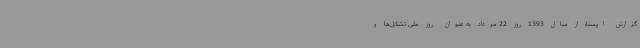
گزارش ایسنا، از سال 1393 روز 22 مرداد به عنوان روز ملی تشکل‌ها و